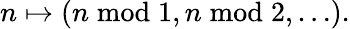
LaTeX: n\mapsto(n{\bmod{1}},n{\bmod{2}},\dots).